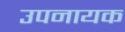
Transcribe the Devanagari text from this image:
उपनायक